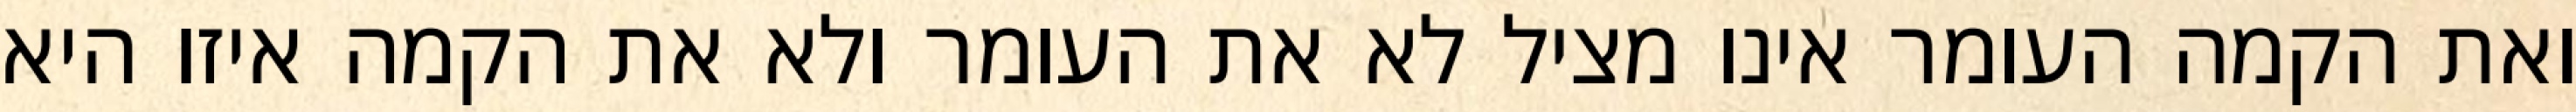
ואת הקמה העומר אינו מציל לא את העומר ולא את הקמה איזו היא